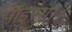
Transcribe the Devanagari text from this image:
पांडुरंग।।